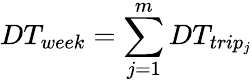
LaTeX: DT_{week}=\sum_{j=1}^{m}DT_{trip_{j}}